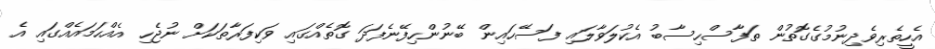
އެހީތެރިވެދިނުމުގެގޮތުން ތަފާސްހިސާބު އެކުލަވާލައި ފަސޭހައިން ބޭނުންހިފޭނެފަދަ ގޮތެއްގައި ވަކިފަރާތަކަށް ނުޖެހި އެއްހަމައެއްގައި އެ